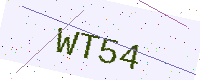
Text: WT54